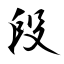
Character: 段